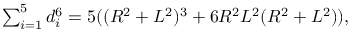
\textstyle \sum _ { i = 1 } ^ { 5 } d _ { i } ^ { 6 } = 5 ( ( R ^ { 2 } + L ^ { 2 } ) ^ { 3 } + 6 R ^ { 2 } L ^ { 2 } ( R ^ { 2 } + L ^ { 2 } ) ) ,